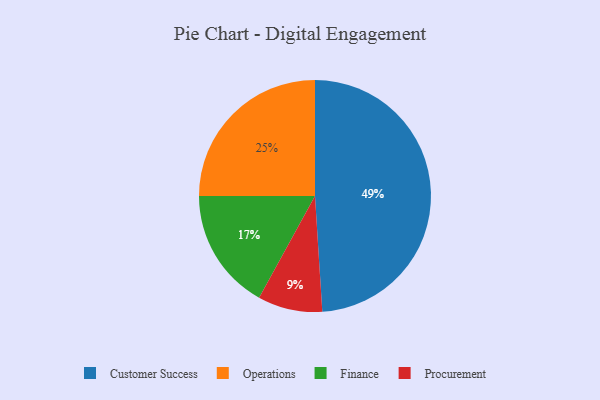
{"axis": {"x": "Category", "y": "Percentage"}, "legend": ["Customer Success", "Finance", "Operations", "Procurement"], "data": [{"x": "Procurement", "y": 9, "type": "Procurement"}, {"x": "Customer Success", "y": 49, "type": "Customer Success"}, {"x": "Operations", "y": 25, "type": "Operations"}, {"x": "Finance", "y": 17, "type": "Finance"}]}